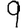
Digit: 9